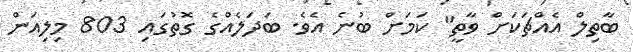
ބާތިލް އެއްޗަކަށް ވާތީ" ކަމަށް ބުނެ އެވެ. ބަދަލެއްގެ ގޮތުގައި 803 މިލިއަން